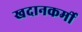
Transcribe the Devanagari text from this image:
खदानकर्मी